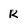
Character: k